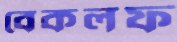
বেকলফ